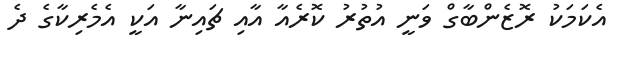
އެކަމަކު ރޮޒެންބާގް ވަނީ އުތުރު ކޮރެއާ އާއި ޗައިނާ އަކީ އެމެރިކާގެ ދެ